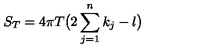
S _ { T } = 4 \pi T \bigl ( 2 \sum _ { j = 1 } ^ { n } k _ { j } - l \bigr )